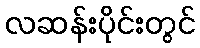
လဆန်းပိုင်းတွင်